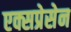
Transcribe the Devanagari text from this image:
एक्सप्रेसेन